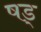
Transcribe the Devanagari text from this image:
षड्‍